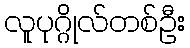
လူပုဂ္ဂိုလ်တစ်ဦး